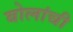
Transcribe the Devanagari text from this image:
बोलांची